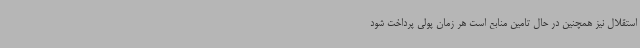
استقلال نیز همچنین در حال تامین منابع است هر زمان پولی پرداخت شود